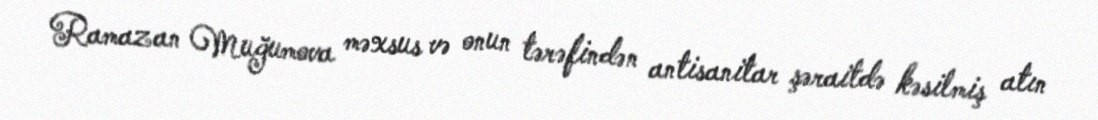
Ramazan Muğumova məxsus və onun tərəfindən antisanitar şəraitdə kəsilmiş atın